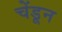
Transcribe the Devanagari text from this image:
चेंडून